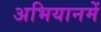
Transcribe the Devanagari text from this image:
अभियानमें